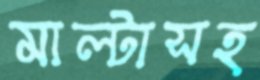
মাল্টাসহ